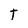
Character: t